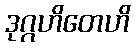
ဒုဂ္ဂဟိတေဟိ